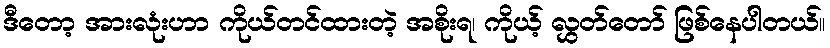
ဒီတော့ အားလုံးဟာ ကိုယ်တင်ထားတဲ့ အစိုးရ၊ ကိုယ့် လွှတ်တော် ဖြစ်နေပါတယ်။